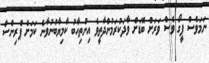
ނަމަވެސް ފީގޯ ވެސް ވަރަށް ބޮޑަށް ވާދަކުރަމުންދާތީވެ އިންތިހާބު ކާމިޔާބުނުވާނެ ކަމަށް ޕްރިންސް